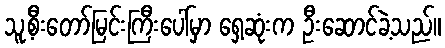
သူ့စီးတော်မြင်းကြီးပေါ်မှာ ရှေ့ဆုံးက ဦးဆောင်ခဲ့သည်။